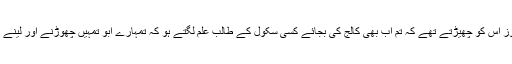
اس کے کلاس فیلوز اس کو چھیڑتے تھے کہ تم اب بھی کالج کی بجائے کسی سکول کے طالب علم لگتے ہو کہ تمہارے ابو تمہیں چھوڑنے اور لینے کے لیے آتے ہیں۔